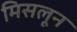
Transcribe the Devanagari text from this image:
मिसलून